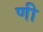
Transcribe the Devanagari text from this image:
णी